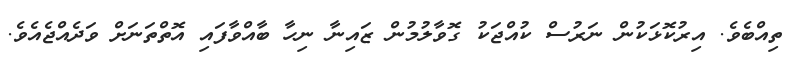
ތިއްބެވެ. އިރުކޮޅަކުން ނަރުސް ކުއްޖަކު ގޮވާލުމުން ޒައިނާ ނިހާ ބާއްވާފައި އޮތްތަނަށް ވަދެއްޖެއެވެ.